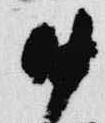
中